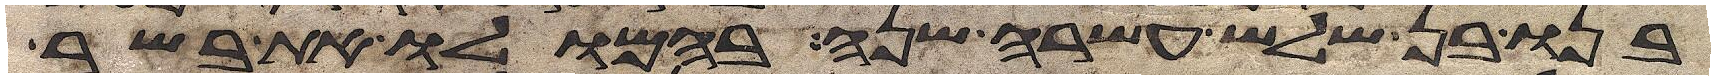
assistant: בנו בן שלש עשרה שנה בהמלו את בשר